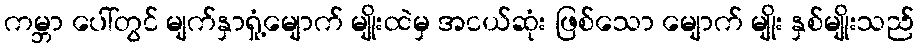
ကမ္ဘာ ပေါ်တွင် မျက်နှာရှုံ့မျောက် မျိုးထဲမှ အငယ်ဆုံး ဖြစ်သော မျောက် မျိုး နှစ်မျိုးသည်